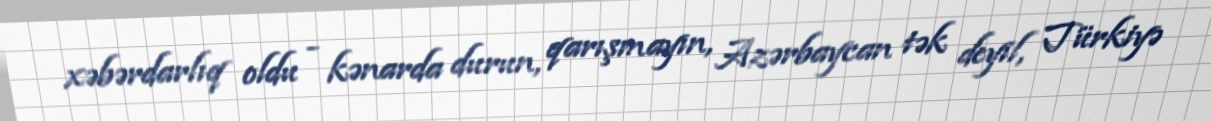
xəbərdarlıq oldu - kənarda durun, qarışmayın, Azərbaycan tək deyil, Türkiyə